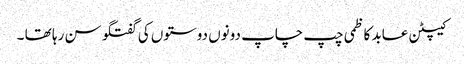
کیپٹن عابد کاظمی چپ چاپ دونوں دوستوں کی گفتگو سن رہا تھا ۔